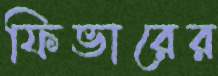
ফিভারের